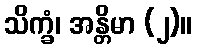
သိက္ခံ၊ အန္တိမာ (၂)။